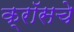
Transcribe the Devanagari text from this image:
क्रॉसचे